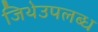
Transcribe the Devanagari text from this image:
जिथेउपलब्ध